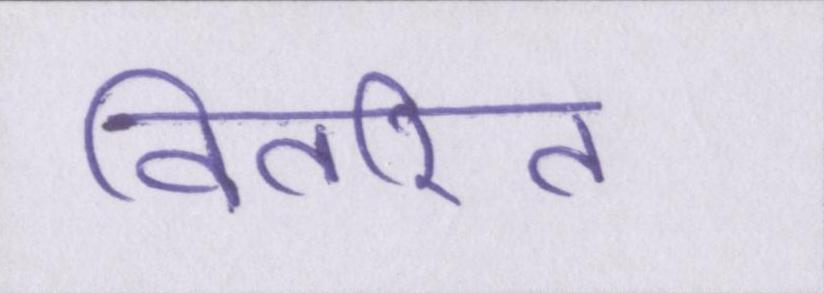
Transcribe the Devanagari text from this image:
वितरित